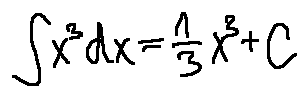
\int x ^ { 3 } d x = \frac { 1 } { 3 } x ^ { 3 } + C